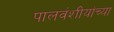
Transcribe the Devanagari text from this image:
पालवंशीयांच्या